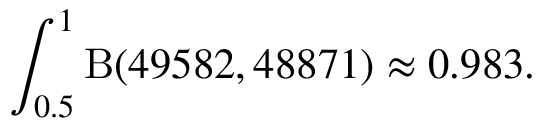
\int _ { 0 . 5 } ^ { 1 } \mathrm { \mathrm { B } } ( 4 9 5 8 2 , 4 8 8 7 1 ) \approx 0 . 9 8 3 .